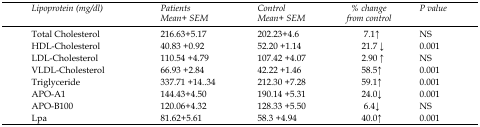
| Lipoprotein (mg/dl) | PatientsMean<underline>+</underline> SEM | ControlMean<underline>+</underline> SEM | % changefrom control | P value |
 | --- | --- | --- | --- | --- |
 | Total Cholesterol | 216.63<underline>+</underline>5.17 | 202.23<underline>+</underline>4.6 | 7.1↑ | NS |
 | HDL-Cholesterol | 40.83 <underline>+</underline>0.92 | 52.20 <underline>+</underline>1.14 | 21.7 ↓ | 0.001 |
 | LDL-Cholesterol | 110.54 <underline>+</underline>4.79 | 107.42 <underline>+</underline>4.07 | 2.90 ↑ | NS |
 | VLDL-Cholesterol | 66.93 <underline>+</underline>2.84 | 42.22 <underline>+</underline>1.46 | 58.5↑ | 0.001 |
 | Triglyceride | 337.71 <underline>+</underline>14..34 | 212.30 <underline>+</underline>7.28 | 59.1↑ | 0.001 |
 | APO-A1 | 144.43<underline>+</underline>4.50 | 190.14 <underline>+</underline>5.31 | 24.0↓ | 0.001 |
 | APO-B100 | 120.06<underline>+</underline>4.32 | 128.33 <underline>+</underline>5.50 | 6.4↓ | NS |
 | Lpa | 81.62<underline>+</underline>5.61 | 58.3 <underline>+</underline>4.94 | 40.0↑ | 0.001 |